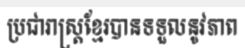
ប្រជារាស្ត្រខ្មែរបានទទួលនូវភាព